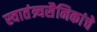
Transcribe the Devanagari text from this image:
स्वातंत्र्यसैनिकांचे